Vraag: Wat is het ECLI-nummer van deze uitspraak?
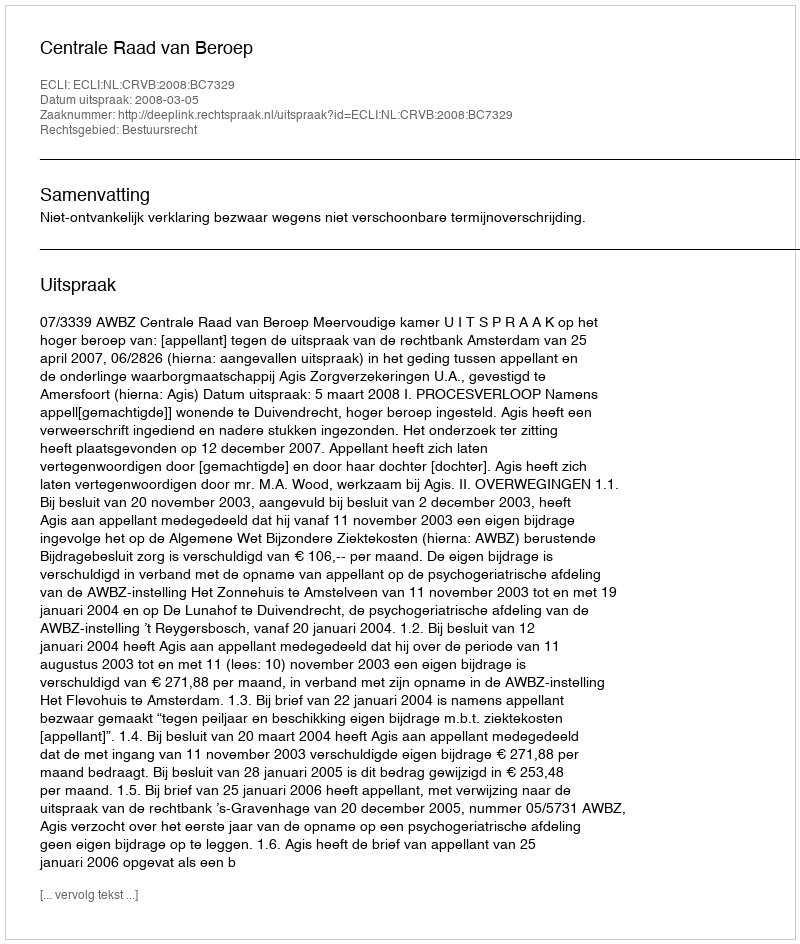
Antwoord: ECLI:NL:CRVB:2008:BC7329